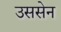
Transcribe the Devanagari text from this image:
उससेन